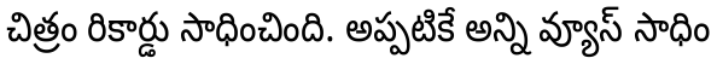
చిత్రం రికార్డు సాధించింది. అప్పటికే అన్ని వ్యూస్ సాధిం